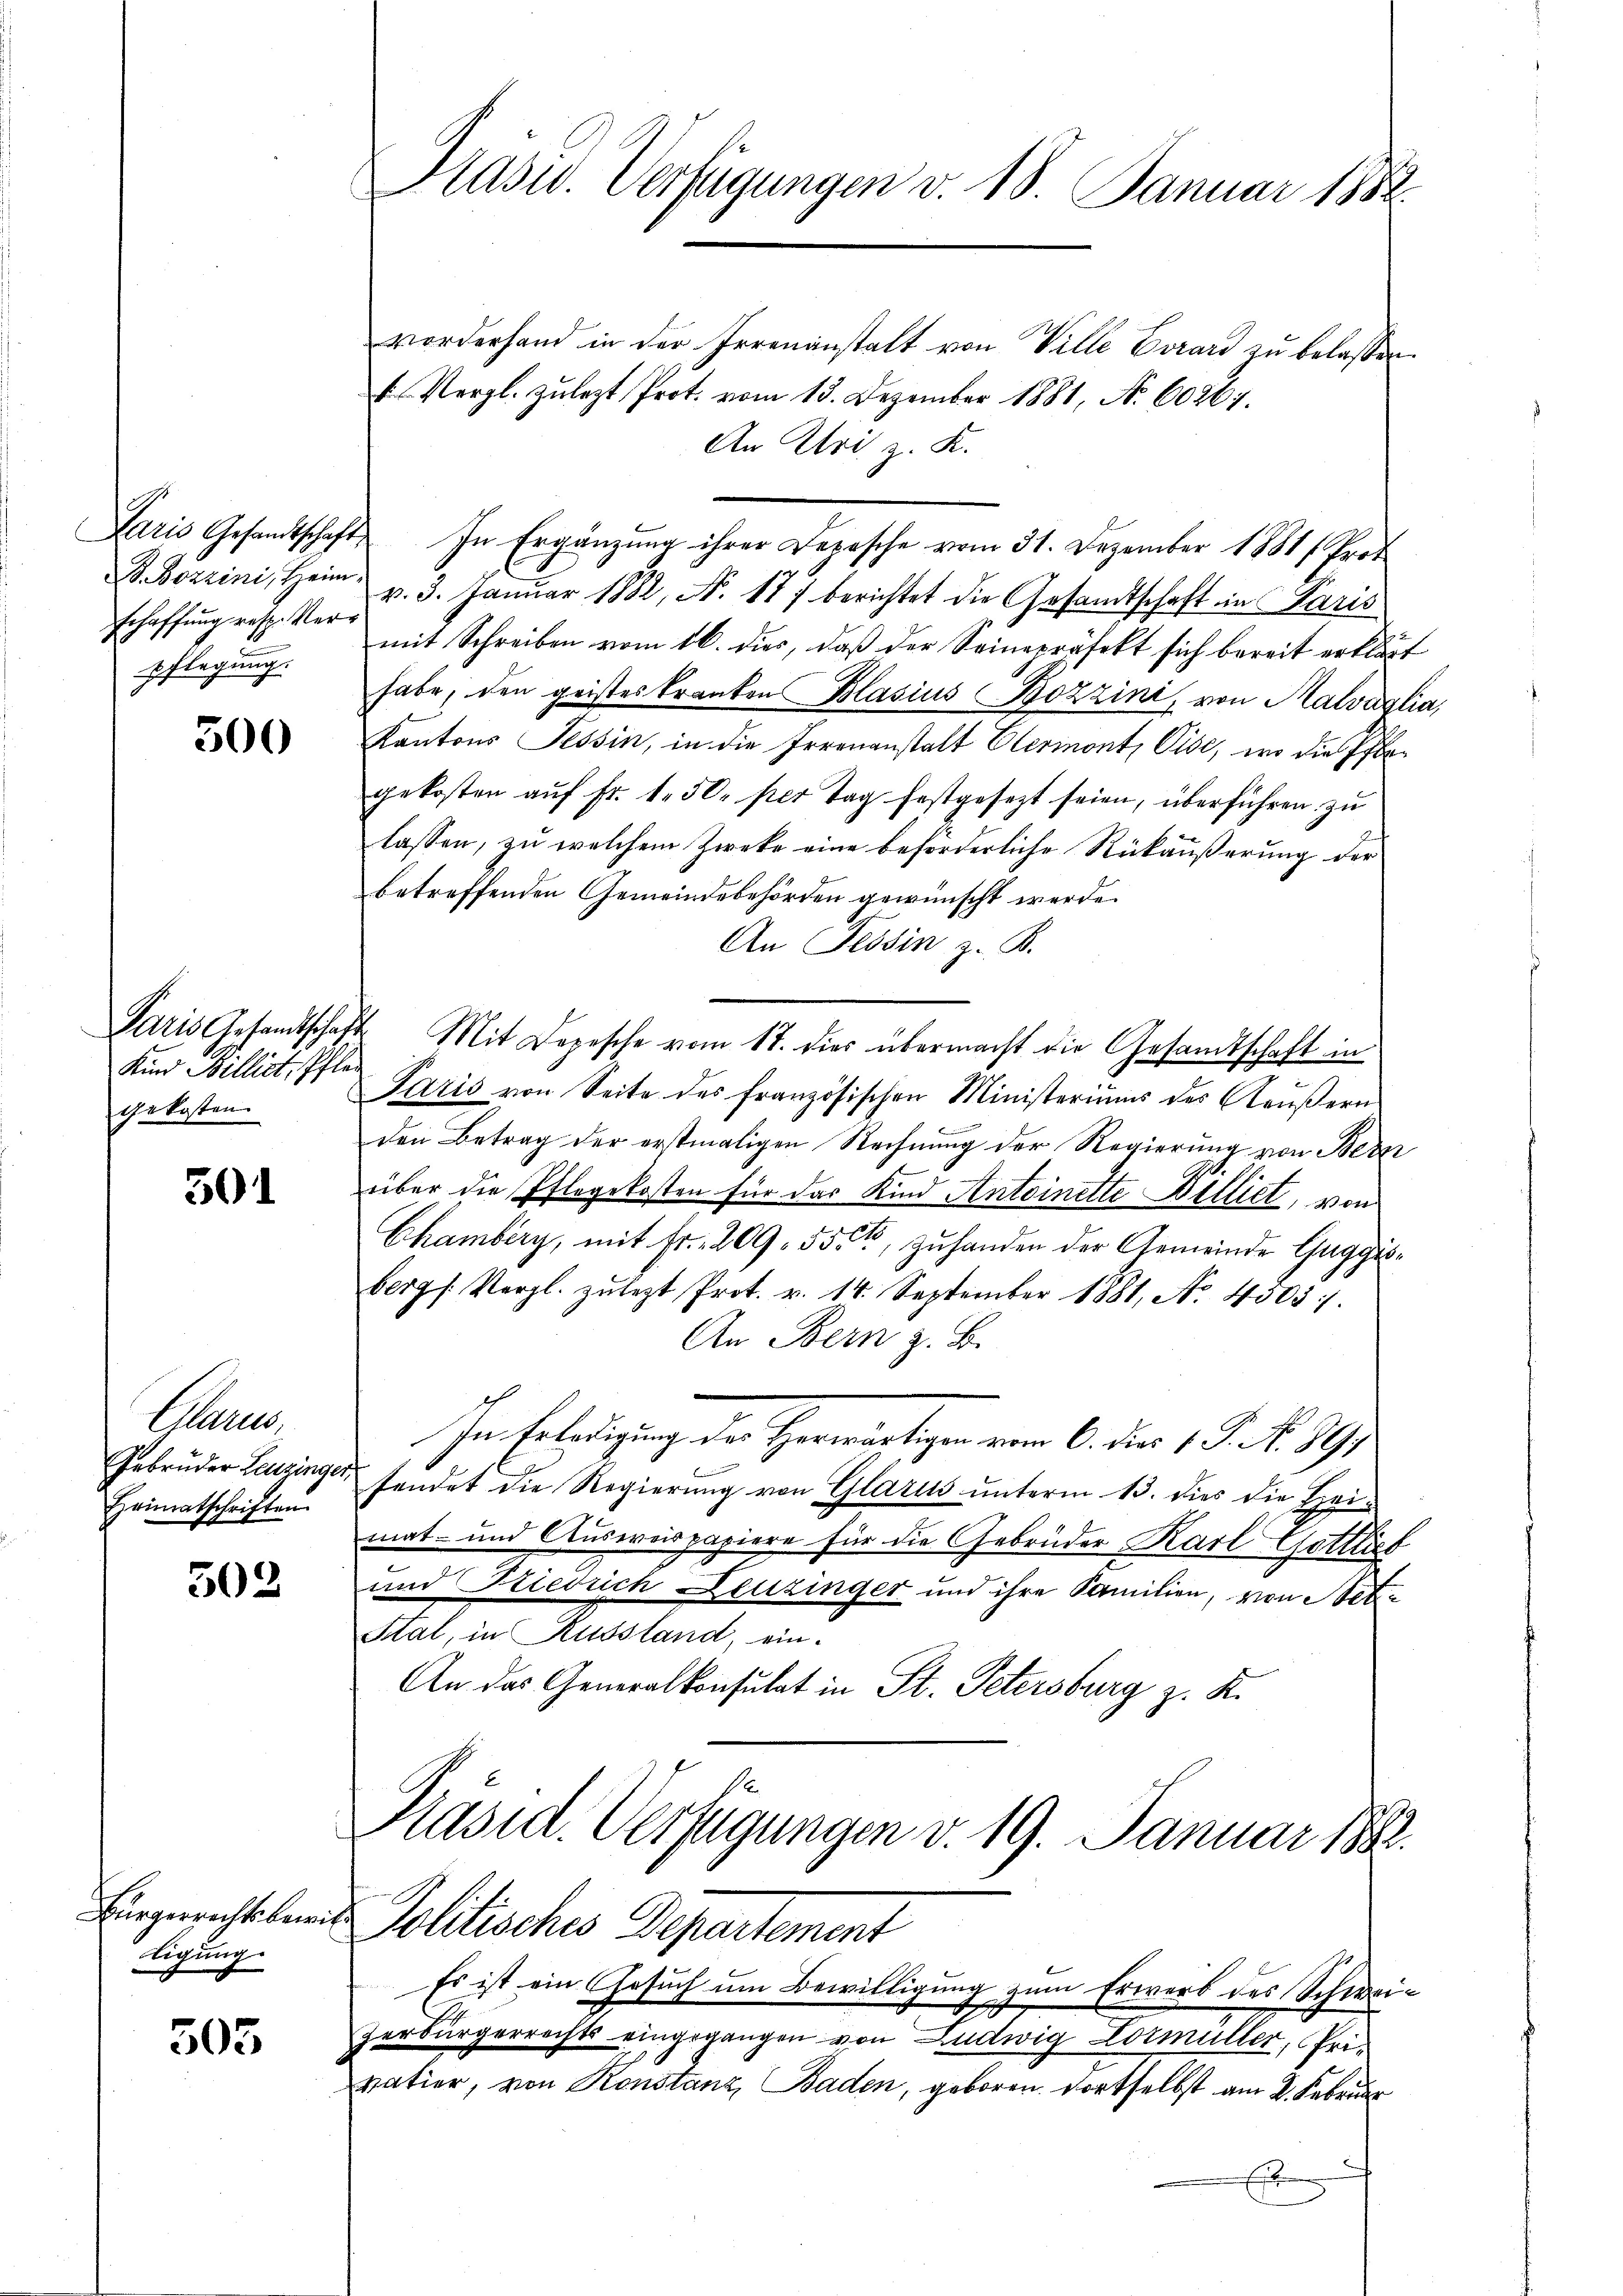
Echaffung resp. Verpflegung.

300

Kind Billist, Pfle
gekosten.

50

Caam
Gebrüder Leuzinger,
Heimatschriften.

502

ligung

505

Prasur. Verfügungen v. 18. Januar 1882

vorderhand in der Irrenanstalt von Ville Evrard zu belassen.
Vergl. zulezt Prot. vom 13. Dezember 1881, No. 6026.
An Uri z. K.
Paris Gesandtschaft In Ergänzung ihrer Depesche vom 31. Dezember 1881/ Prof
P. Bozzini, Heim. v. 3. Januar 1882, N. 177 berichtet die Gesandtschaft in Paris
mit Schreiben vom 16. dies, daß der Seinepräsekt sich bereit erklärt
habe, den geisteskranken Blasius Bozzini, von Halvaglia,
Kantons Tessin, in die Irrenanstalt Olermont, Vise, wo die Pflegekosten aŭf Fr. 1. 50 per Tag festgesezt seien, überführen zu
lassen, zu welchem Zwecke eine beförderliche Rückäußerung der
betreffenden Gemeindebehörden gewünscht werde.
An Tessin z. B.
Paris Gesandtschaft Mit Depesche vom 17. dies übermacht die Gesandtschaft in
Paris von Seite des französischen Ministeriums des Aeŭβern
den Betrag der erstmaligen Rechnung der Regierung von Bezi
über die Pflegekosten für das Kind Antoinette Billiet, von
Chamberg, mit Fr. 209. 55, zŭ handen der Gemeinde Guggis-
bergs Vergl. zulezt Prot. v. 14. September 1881, No. 4505).
An Bern z. B.
In Erledigung der Herwärtigen vom 6. die 15. No. 891
fendet die Regierung von Glarus unterm 13. dies die Heimat- und Ausweispapiere für die Gebrüder Karl Gottlieb
und Friedrich Leuzinger und ihre Familien, von Stet¬
Stal, in Russland, ein-
An das Generalkonsulat in St. Petersburg z. K.

Zerbürgerrechts eingegangen von Ludwig Lormüller, Privatier, von Konstanz, Baden, geboren dortselbst am 2. Februar
s

Präsid. Verfügungen v. 19. Januar 1882.
Eingericht sein Politisches Departement
Es ist ein Gesuch um Bewilligung zum Erwerb des Schwei¬